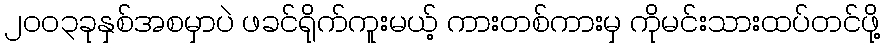
၂၀၀၃ခုနှစ်အစမှာပဲ ဖခင်ရိုက်ကူးမယ့် ကားတစ်ကားမှ ကိုမင်းသားထပ်တင်ဖို့